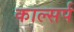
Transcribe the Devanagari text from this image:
काल्सर्प